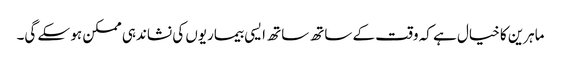
ماہرین کا خیال ہے کہ وقت کے ساتھ ساتھ ایسی بیماریوں کی نشاندہی ممکن ہو سکے گی۔